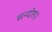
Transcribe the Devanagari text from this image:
सन्‍दोह।।